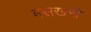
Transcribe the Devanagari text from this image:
बसखरी